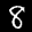
Label: 8